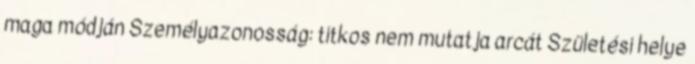
maga módján Személyazonosság: titkos nem mutatja arcát Születési helye